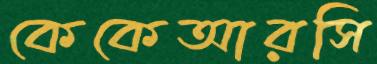
কেকেআরসি